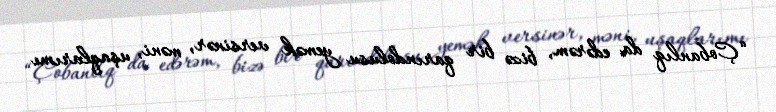
“Çobanlıq da edərəm, bizə bir qarındolusu yemək versinər, məni, uşaqlarımı